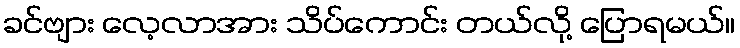
ခင်ဗျား လေ့လာအား သိပ်ကောင်း တယ်လို့ ပြောရမယ်။